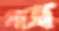
যাত্র